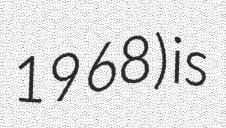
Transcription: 1968) is